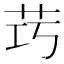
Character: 𱽒